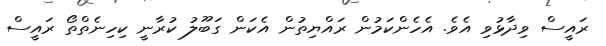
ރައީސް ވިދާޅުވި އެވެ. އެހެންކަމުން ރައްޔިތުން އެކަން ގަބޫލު ކުރާނީ ކިހިނެތްތޯ ރައީސް